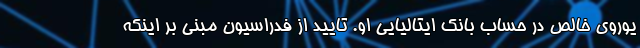
یوروی خالص در حساب بانک ایتالیایی او. تایید از فدراسیون مبنی بر اینکه